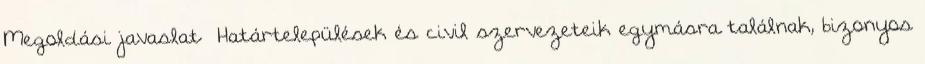
Megoldási javaslat ▪Határtelepülések és civil szervezeteik egymásra találnak, bizonyos